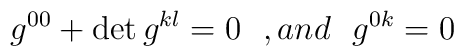
g^{00}+ \det g^{kl}=0\ \  ,and \ \  g^{0k}=0